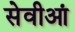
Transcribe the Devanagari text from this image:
सेवीआं